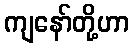
ကျနော်တို့ဟာ